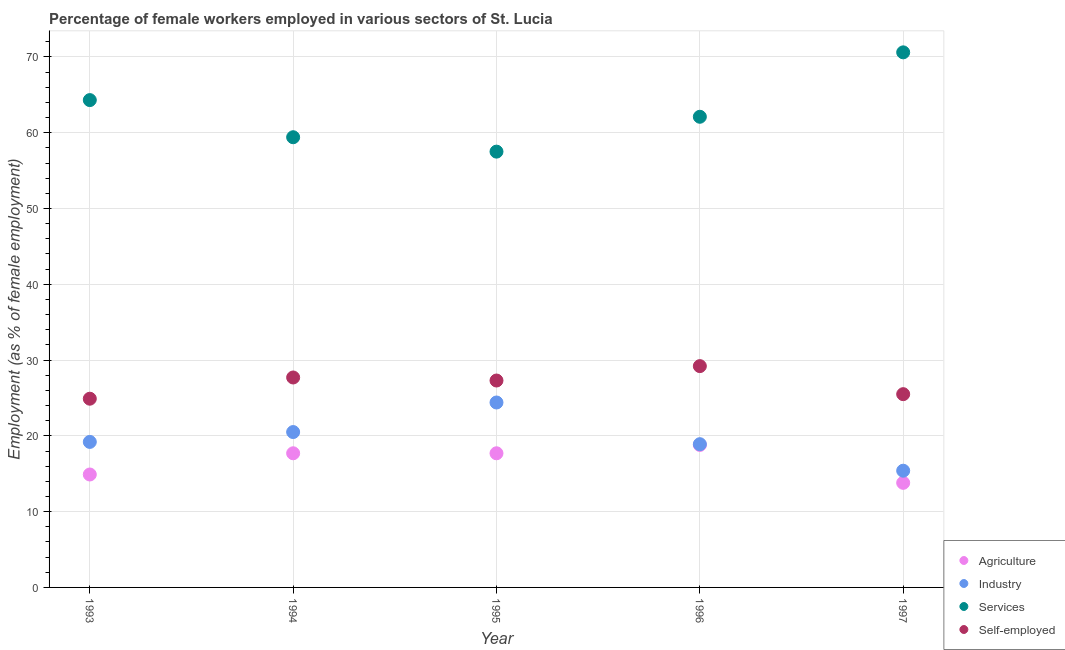
| Year | Agriculture | Industry | Services | Self-employed |
 | --- | --- | --- | --- | --- |
 | 1993 | 14.9 | 19.2 | 64.3 | 24.9 |
 | 1994 | 17.7 | 20.5 | 59.4 | 27.7 |
 | 1995 | 17.7 | 24.4 | 57.5 | 27.3 |
 | 1996 | 18.8 | 18.9 | 62.1 | 29.2 |
 | 1997 | 13.8 | 15.4 | 70.6 | 25.5 |